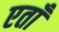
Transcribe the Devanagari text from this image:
एताँ